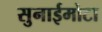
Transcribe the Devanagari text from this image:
सुनाईमोटा